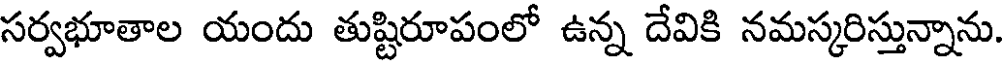
సర్వభూతాల యందు తుష్టిరూపంలో ఉన్న దేవికి నమస్కరిస్తున్నాను.